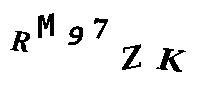
RM97ZK